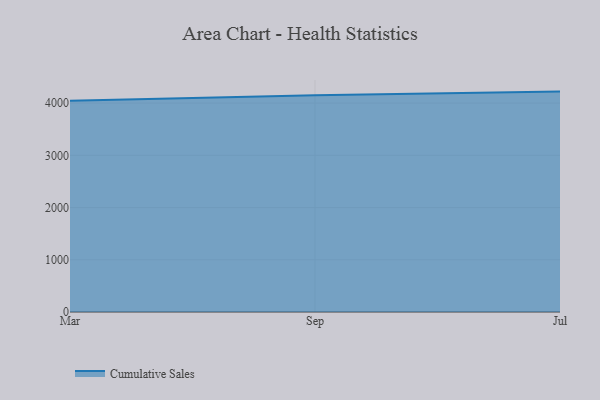
{"axis": {"x": "Month", "y": "Production Output"}, "legend": ["Cumulative Sales"], "data": [{"x": "Mar", "y": 4043.3, "type": "Cumulative Sales"}, {"x": "Sep", "y": 4151.6, "type": "Cumulative Sales"}, {"x": "Jul", "y": 4219.7, "type": "Cumulative Sales"}]}